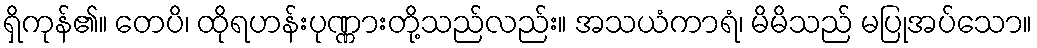
ရှိကုန်၏။ တေပိ၊ ထိုရဟန်းပုဏ္ဏားတို့သည်လည်း။ အသယံကာရံ၊ မိမိသည် မပြုအပ်သော။